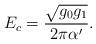
LaTeX: \begin{align*}E_{c}=\frac{\sqrt{g_0g_1}}{2\pi\alpha^{\prime}}.\end{align*}